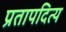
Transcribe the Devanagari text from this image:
प्रतापदित्य